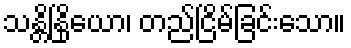
သန္တိနြိယော၊ တည်ငြိမ်ခြင်းသော။